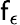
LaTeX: \mathsf{f}_{\epsilon}